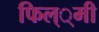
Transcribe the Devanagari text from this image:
फिल््मी